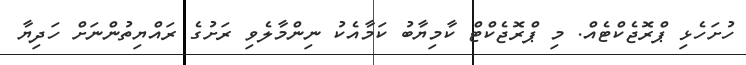
ހުށަހެޅި ޕްރޮޖެކްޓެއް. މި ޕްރޮޖެކްޓް ކާމިޔާބު ކަމާއެކު ނިންމާލެވި ރަށުގެ ރައްޔިތުންނަށް ހަދިޔާ